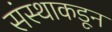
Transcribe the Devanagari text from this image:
संस्थाकडून